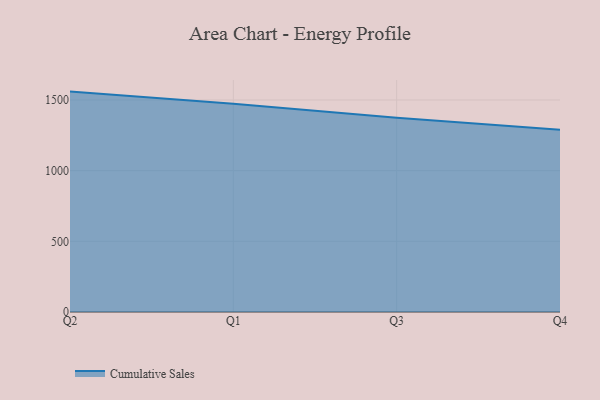
{"axis": {"x": "Quarter", "y": "Tickets Resolved"}, "legend": ["Cumulative Sales"], "data": [{"x": "Q2", "y": 1559.3, "type": "Cumulative Sales"}, {"x": "Q1", "y": 1472.8, "type": "Cumulative Sales"}, {"x": "Q3", "y": 1373.7, "type": "Cumulative Sales"}, {"x": "Q4", "y": 1289.5, "type": "Cumulative Sales"}]}